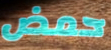
حمض